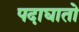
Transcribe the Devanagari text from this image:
पदाघातो